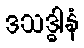
ဒသဒ္ဓါနံ